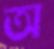
অ